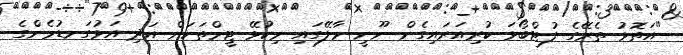
"އަތޮޅު ތެރޭގެ ފުޓްބޯޅަ ކުރިއަރައިގެން ނޫނީ މާލޭގައި މިކުޅޭ ޓީމްތަކަށް އަދި އަޅުގަނޑުމެންގެ